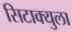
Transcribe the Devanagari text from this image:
सिटाक्युला